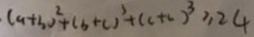
( a + b ) ^ { 2 } + ( b + c ) ^ { 3 } + ( c + b ) ^ { 3 } \geq 2 4